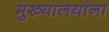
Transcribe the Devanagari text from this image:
मुख्यालयांना